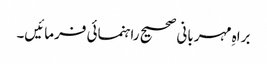
براہِ مہربانی صحیح راہنمائی فرمائیں۔